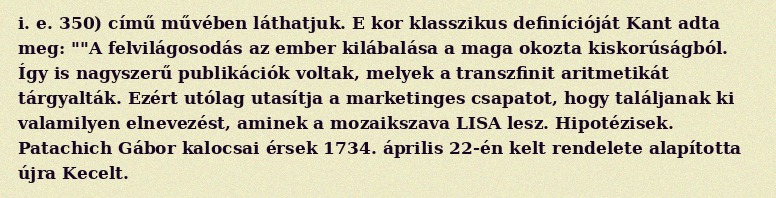
i. e. 350) című művében láthatjuk. E kor klasszikus definícióját Kant adta meg: ""A felvilágosodás az ember kilábalása a maga okozta kiskorúságból. Így is nagyszerű publikációk voltak, melyek a transzfinit aritmetikát tárgyalták. Ezért utólag utasítja a marketinges csapatot, hogy találjanak ki valamilyen elnevezést, aminek a mozaikszava LISA lesz. Hipotézisek. Patachich Gábor kalocsai érsek 1734. április 22-én kelt rendelete alapította újra Kecelt.